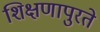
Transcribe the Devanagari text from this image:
शिक्षणापुरते